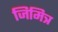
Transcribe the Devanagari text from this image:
जिमित्र